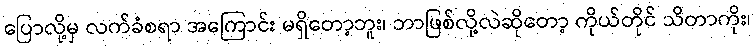
ပြောလို့မှ လက်ခံစရာ အကြောင်း မရှိတော့ဘူး၊ ဘာဖြစ်လို့လဲဆိုတော့ ကိုယ်တိုင် သိတာကိုး၊